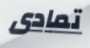
تمادى